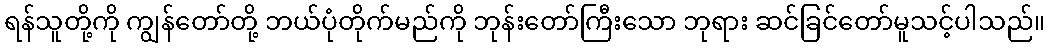
ရန်သူတို့ကို ကျွန်တော်တို့ ဘယ်ပုံတိုက်မည်ကို ဘုန်းတော်ကြီးသော ဘုရား ဆင်ခြင်တော်မူသင့်ပါသည်။